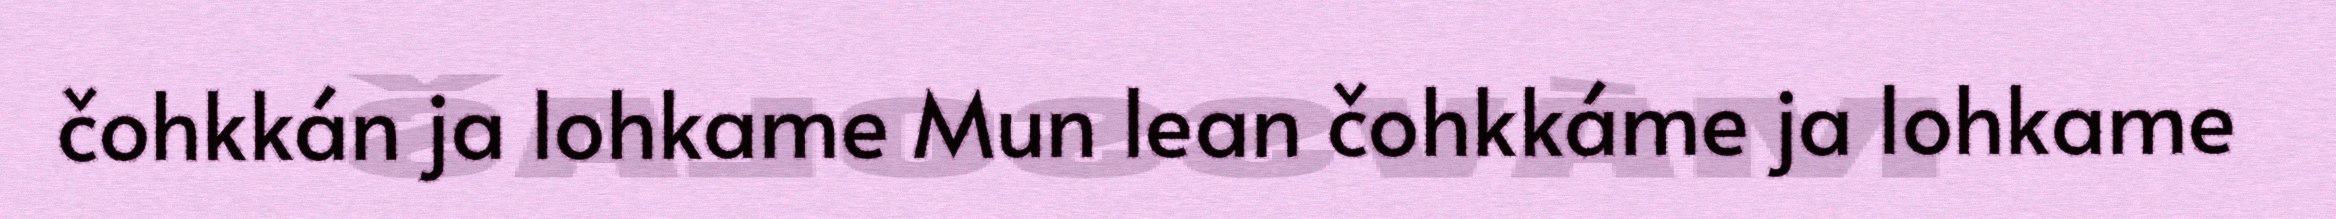
čohkkán ja lohkame Mun lean čohkkáme ja lohkame